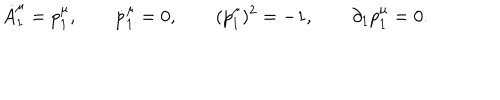
\dot { A } _ { 1 } ^ { \mu } = p _ { 1 } ^ { \mu } , \qquad \dot { p } _ { 1 } ^ { \mu } = 0 , \qquad ( p _ { 1 } ^ { \mu } ) ^ { 2 } = - 1 , \qquad \partial _ { 1 } p _ { 1 } ^ { \mu } = 0 .